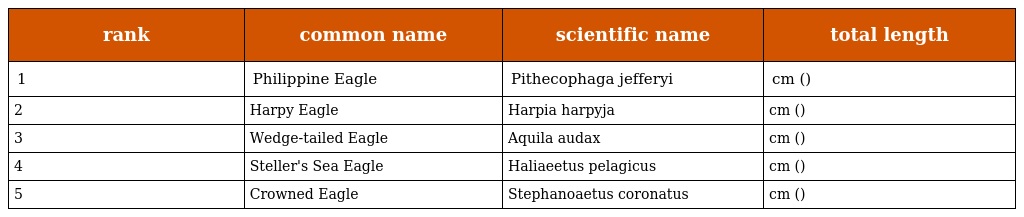
| rank | common name | scientific name | total length |
 | --- | --- | --- | --- |
 | 1 | Philippine Eagle | Pithecophaga jefferyi | cm () |
 | 2 | Harpy Eagle | Harpia harpyja | cm () |
 | 3 | Wedge-tailed Eagle | Aquila audax | cm () |
 | 4 | Steller's Sea Eagle | Haliaeetus pelagicus | cm () |
 | 5 | Crowned Eagle | Stephanoaetus coronatus | cm () |